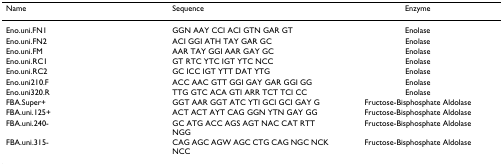
<table><thead><tr><td><b>Name</b></td><td><b>Sequence</b></td><td><b>Enzyme</b></td></tr></thead><tbody><tr><td>Eno.uni.FN1</td><td>GGN AAY CCI ACI GTN GAR GT</td><td>Enolase</td></tr><tr><td>Eno.uni.FN2</td><td>ACI GGI ATH TAY GAR GC</td><td>Enolase</td></tr><tr><td>Eno.uni.FM</td><td>AAR TAY GGI AAR GAY GC</td><td>Enolase</td></tr><tr><td>Eno.uni.RC1</td><td>GT RTC YTC IGT YTC NCC</td><td>Enolase</td></tr><tr><td>Eno.uni.RC2</td><td>GC ICC IGT YTT DAT YTG</td><td>Enolase</td></tr><tr><td>Eno.uni210.F</td><td>ACC AAC GTT GGI GAY GAR GGI GG</td><td>Enolase</td></tr><tr><td>Eno.uni320.R</td><td>TTG GTC ACA GTI ARR TCT TCI CC</td><td>Enolase</td></tr><tr><td>FBA.Super+</td><td>GGT AAR GGT ATC YTI GCI GCI GAY G</td><td>Fructose-Bisphosphate Aldolase</td></tr><tr><td>FBA.uni.125+</td><td>ACT ACT AYT CAG GGN YTN GAY GG</td><td>Fructose-Bisphosphate Aldolase</td></tr><tr><td>FBA.uni.240-</td><td>GC ATG ACC AGS AGT NAC CAT RTT NGG</td><td>Fructose-Bisphosphate Aldolase</td></tr><tr><td>FBA.uni.315-</td><td>CAG AGC AGW AGC CTG CAG NGC NCK NCC</td><td>Fructose-Bisphosphate Aldolase</td></tr></tbody></table>